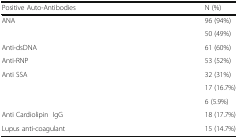
<table><thead><tr><td><b>Positive Auto-Antibodies</b></td><td><b>N (%)</b></td></tr></thead><tbody><tr><td>ANA</td><td>96 (94%)</td></tr><tr><td>[EMPTY_CELL]</td><td>50 (49%)</td></tr><tr><td>Anti-dsDNA</td><td>61 (60%)</td></tr><tr><td>Anti-RNP</td><td>53 (52%)</td></tr><tr><td>Anti SSA</td><td>32 (31%)</td></tr><tr><td>[EMPTY_CELL]</td><td>17 (16.7%)</td></tr><tr><td>[EMPTY_CELL]</td><td>6 (5.9%)</td></tr><tr><td>Anti Cardiolipin IgG</td><td>18 (17.7%)</td></tr><tr><td>Lupus anti-coagulant</td><td>15 (14.7%)</td></tr></tbody></table>